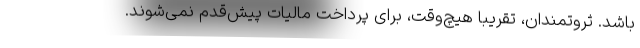
باشد. ثروتمندان، تقریباً هیچ‌وقت، برای پرداخت مالیات پیش‌قدم نمی‌شوند.